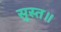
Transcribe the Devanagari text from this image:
सुस्त॥